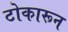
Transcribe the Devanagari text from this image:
टोकारून